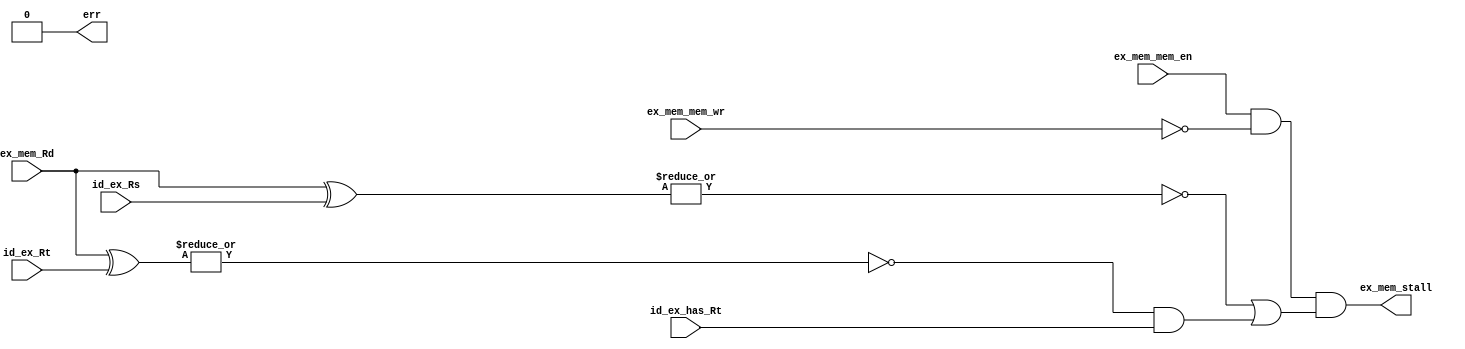
/*
* Logic for detecting when to stall in the pipelined processor. 
*/
module stall(
        // outputs
        ex_mem_stall,
        err,
        // inputs
        ex_mem_mem_en,
        ex_mem_mem_wr,
        ex_mem_Rd,
        id_ex_Rs,
        id_ex_Rt,
        id_ex_has_Rt);

    output      ex_mem_stall;
    output      err;

    input       ex_mem_mem_en;
    input       ex_mem_mem_wr;
    input [2:0] ex_mem_Rd;
    input [2:0] id_ex_Rs;
    input [2:0] id_ex_Rt;
    input       id_ex_has_Rt;

    assign err = (^{ex_mem_mem_en,
                    ex_mem_mem_wr,
                    ex_mem_Rd,
                    id_ex_Rs,
                    id_ex_Rt,
                    id_ex_has_Rt
                    } == 1'bX) ? 1'b1 : 1'b0;

    wire ex_mem_mem_rd;

    assign ex_mem_mem_rd = ~ex_mem_mem_wr;

    // TODO: add logic for determining if Rs/Rt exist or not
    // could accomplish this using the opcode as an input...
        // ex branches have no Rt, and jumps has nether Rs nor Rt
    
    // stall if there is a mem read and either one of the operands in the curr
    // instruction rely upon the prior insruction's result from a read
        // d/e_mem_rd & (d/e_Rt == f/d_Rs | d/e_Rt == f/d_Rt)
    assign ex_mem_stall = ex_mem_mem_en & ex_mem_mem_rd & (
        ~|(ex_mem_Rd ^ id_ex_Rs) | (
            ~|(ex_mem_Rd ^ id_ex_Rt) & id_ex_has_Rt));

endmodule